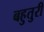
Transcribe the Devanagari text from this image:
बहुतुरी